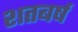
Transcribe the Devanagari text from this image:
शतबर्ष